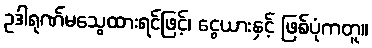
ဥဒါရုဏ်မသွေထားရင်ဖြင့်၊ ငွေယားနှင့် ဖြစ်ပုံကတူ။